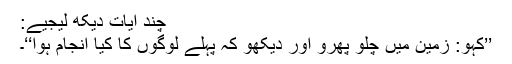
چند آیات دیکھ لیجیے:
’’کہو: زمین میں چلو پھرو اور دیکھو کہ پہلے لوگوں کا کیا انجام ہوا‘‘۔